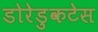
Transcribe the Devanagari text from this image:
डोरेडुकटेस